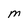
Character: M